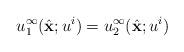
LaTeX: \begin{align*}u^\infty_1(\hat{\mathbf x};u^i)=u^\infty_2(\hat{\mathbf x};u^i)\end{align*}